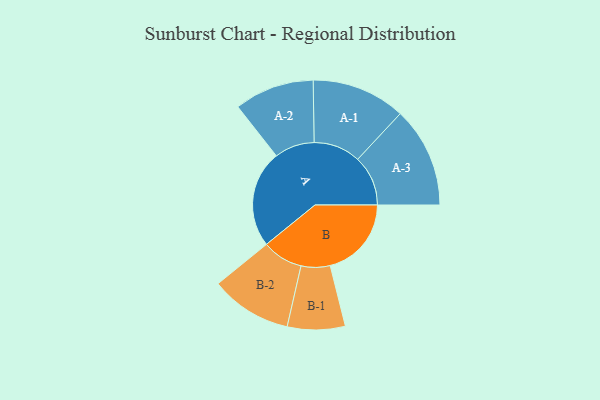
{"axis": {"x": "Segment", "y": "Value"}, "legend": ["", "A", "B"], "data": [{"x": "A", "y": 377, "type": ""}, {"x": "B", "y": 315, "type": ""}, {"x": "A-1", "y": 182, "type": "A"}, {"x": "A-2", "y": 155, "type": "A"}, {"x": "A-3", "y": 195, "type": "A"}, {"x": "B-1", "y": 112, "type": "B"}, {"x": "B-2", "y": 158, "type": "B"}]}